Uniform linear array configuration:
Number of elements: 16
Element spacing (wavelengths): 0.25
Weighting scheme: kaiser
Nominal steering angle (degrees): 15
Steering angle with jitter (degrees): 13.669
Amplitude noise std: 0.05
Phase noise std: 0.05

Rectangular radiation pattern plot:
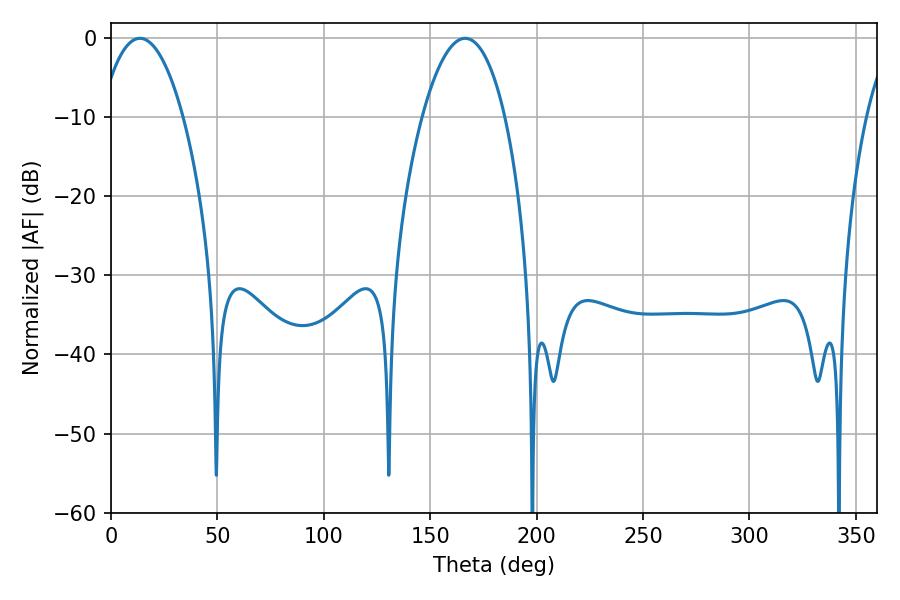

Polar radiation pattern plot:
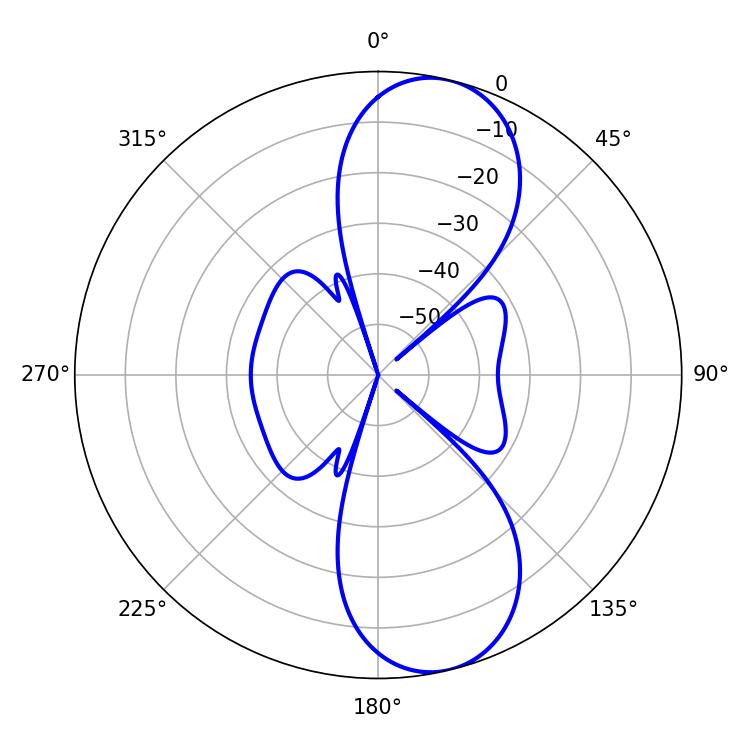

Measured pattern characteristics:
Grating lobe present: FALSE
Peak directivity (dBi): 10.158
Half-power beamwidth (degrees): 21.6
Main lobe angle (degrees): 13.5